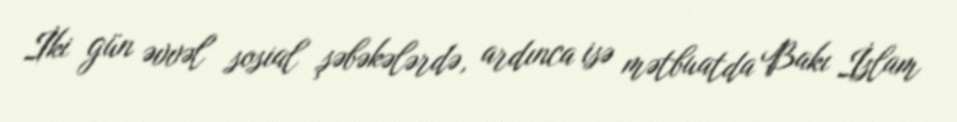
İki gün əvvəl sosial şəbəkələrdə, ardınca isə mətbuatda Bakı İslam